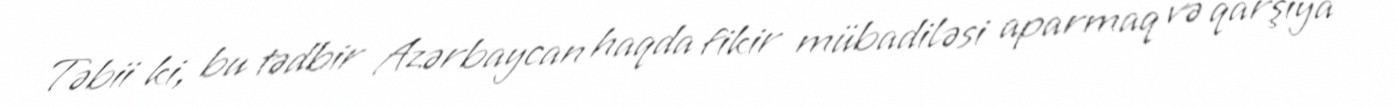
Təbii ki, bu tədbir Azərbaycan haqda fikir mübadiləsi aparmaq və qarşıya